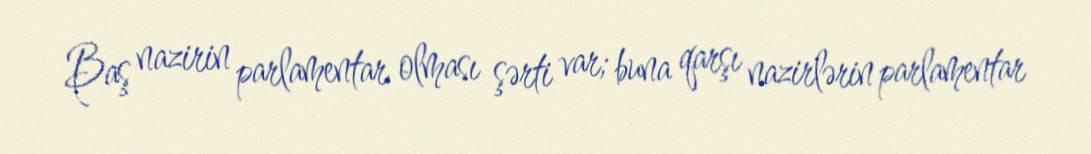
Baş nazirin parlamentar olması şərti var; buna qarşı nazirlərin parlamentar